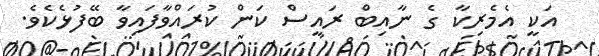
އަކީ އެމެރިކާ ގެ ނާއިބް ރައީސް ކަން ކުރައްވާފައިވާ ބޭފުޅެކެވެ.